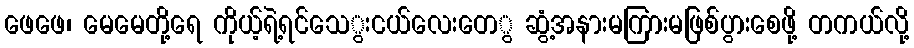
ဖေဖေ၊ မေမေတို့ရေ ကိုယ့်ရဲ့ရင်သေွးငယ်လေးတေွ ဆွံ့အနားမကြားမဖြစ်ပွားစေဖို့ တကယ်လို့